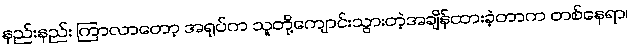
နည်းနည်း ကြာလာတော့ အရုပ်က သူတို့ကျောင်းသွားတဲ့အချိန်ထားခဲ့တာက တစ်နေရာ၊